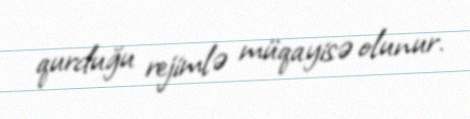
qurduğu rejimlə müqayisə olunur.